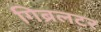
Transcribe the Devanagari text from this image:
गिब्रलटर